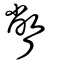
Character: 瞥